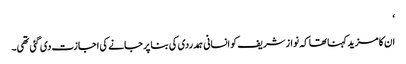
‘
ان کا مزید کہنا تھا کہ نواز شریف کو انسانی ہمدردی کی بنا پر جانے کی اجازت دی گئی تھی۔